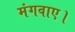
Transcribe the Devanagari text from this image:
मंगवाए।